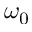
\omega _ { 0 }